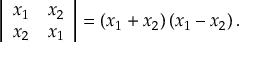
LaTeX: \left| { \begin{array} { c c } { x _ { 1 } } & { x _ { 2 } } \\ { x _ { 2 } } & { x _ { 1 } } \end{array} } \right| = \left( x _ { 1 } + x _ { 2 } \right) \left( x _ { 1 } - x _ { 2 } \right) .